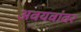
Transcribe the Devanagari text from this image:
अवयवांवर